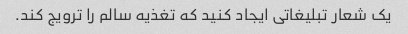
یک شعار تبلیغاتی ایجاد کنید که تغذیه سالم را ترویج کند.